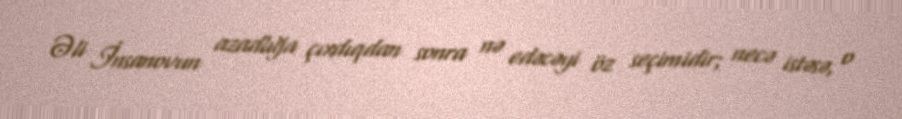
Əli İnsanovun azadlığa çıxdıqdan sonra nə edəcəyi öz seçimidir; necə istəsə, o